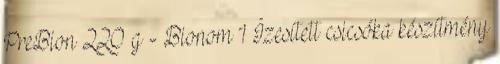
PreBion 220 g - Bionom 1 Ízesített csicsóka készítmény